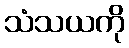
သံသယကို